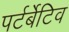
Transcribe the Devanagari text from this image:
पर्टर्बेटिव